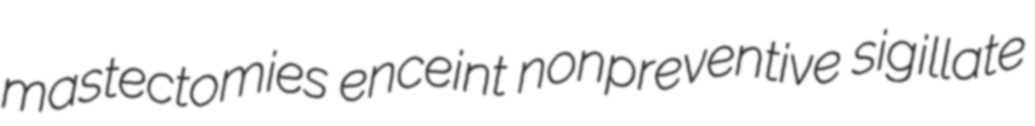
mastectomies enceint nonpreventive sigillate